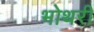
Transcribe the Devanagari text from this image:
भोथरी